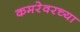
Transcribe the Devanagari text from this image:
कमरेवरच्या